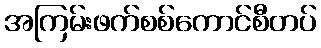
အကြမ်းဖက်စစ်ကောင်စီတပ်